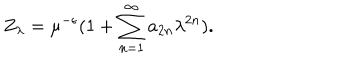
LaTeX: Z _ { \lambda } = \mu ^ { - \epsilon } ( 1 + \sum _ { n = 1 } ^ { \infty } a _ { 2 n } \lambda ^ { 2 n } ) .